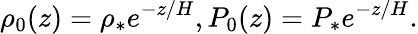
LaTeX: \rho_{0}(z)=\rho_{*}e^{-z/H},P_{0}(z)=P_{*}e^{-z/H}.